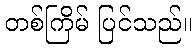
တစ်ကြိမ် ပြင်သည်။